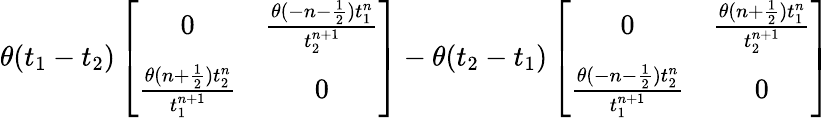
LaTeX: \theta(t_{1}-t_{2})\left[\begin{array}{cc}{{0}}&{{\frac{\theta(-n-\frac 12)t_{1}^{n}}{t_{2}^{n+1}}}}\\ {{\frac{\theta(n+\frac 12)t_{2}^{n}}{t_{1}^{n+1}}}}&{{0}}\end{array}\right]-\theta(t_{2}-t_{1})\left[\begin{array}{cc}{{0}}&{{\frac{\theta(n+\frac 12)t_{1}^{n}}{t_{2}^{n+1}}}}\\ {{\frac{\theta(-n-\frac 12)t_{2}^{n}}{t_{1}^{n+1}}}}&{{0}}\end{array}\right]